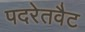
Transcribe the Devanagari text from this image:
पदरेतवैट